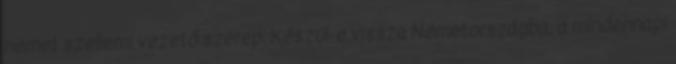
német szellemi vezető szerep. Készül-e vissza Németországba, a mindennapi